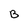
Character: B